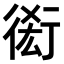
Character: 𧗫